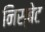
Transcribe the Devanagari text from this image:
निस्बेट